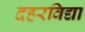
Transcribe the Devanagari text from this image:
दहरविद्या